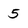
Character: 5